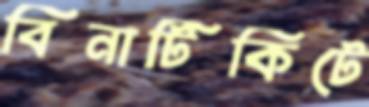
বিনাটিকিটে